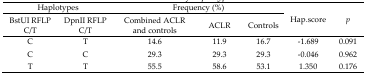
<table><thead><tr><td colspan="2"><b>Haplotypes</b></td><td colspan="3"><b>Frequency (%)</b></td><td rowspan="3"><b>Hap.score</b></td><td rowspan="3"><b><i>p</i></b></td></tr><tr><td><b>BstUI RFLP C/T</b></td><td><b>DpnII RFLP C/T</b></td><td><b>Combined ACLR and controls</b></td><td><b>ACLR</b></td><td><b>Controls</b></td></tr></thead><tbody><tr><td>C</td><td>T</td><td>14.6</td><td>11.9</td><td>16.7</td><td>−1.689</td><td>0.091</td></tr><tr><td>C</td><td>C</td><td>29.3</td><td>29.3</td><td>29.3</td><td>−0.046</td><td>0.962</td></tr><tr><td>T</td><td>T</td><td>55.5</td><td>58.6</td><td>53.1</td><td>1.350</td><td>0.176</td></tr></tbody></table>